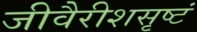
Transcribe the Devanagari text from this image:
जीवैरीशसृष्टं